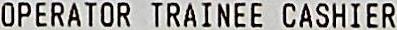
OPERATOR TRAINEE CASHIER